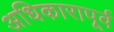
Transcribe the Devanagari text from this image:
अधिकारापूर्व